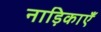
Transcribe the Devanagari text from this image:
नाड़िकाएँ